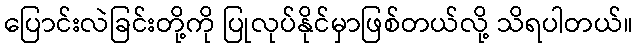
ပြောင်းလဲခြင်းတို့ကို ပြုလုပ်နိုင်မှာဖြစ်တယ်လို့ သိရပါတယ်။